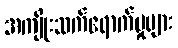
အကျိုးသက်ရောက်မှုများ